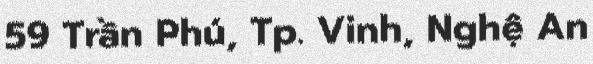
59 Trần Phú, Tp. Vinh, Nghệ An